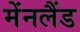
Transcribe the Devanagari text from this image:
मेंनलैंड